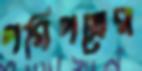
পরিপত্রের